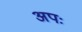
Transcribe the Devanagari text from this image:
अपः